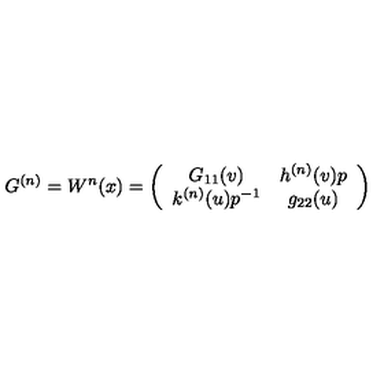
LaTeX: G ^ { ( n ) } = W ^ { n } ( x ) = \left( \begin{array} { c c } { G _ { 1 1 } ( v ) } & { h ^ { ( n ) } ( v ) p } \\ { k ^ { ( n ) } ( u ) p ^ { - 1 } } & { g _ { 2 2 } ( u ) } \\ \end{array} \right)